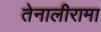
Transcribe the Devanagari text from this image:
तेनालीरामा